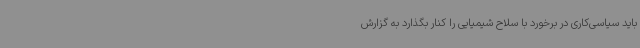
باید سیاسی‌کاری در برخورد با سلاح شیمیایی را کنار بگذارد به گزارش